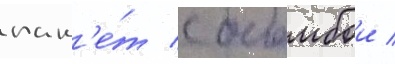
пак'е́т с бомбои /